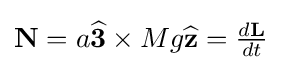
{\textstyle \mathbf {N} =a{\widehat {\mathbf {3} }}\times Mg{\widehat {\mathbf {z} }}={\frac {d\mathbf {L} }{dt}}}